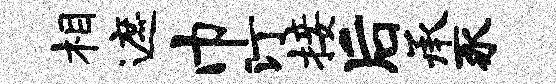
相遮巾汀接后承豕